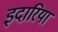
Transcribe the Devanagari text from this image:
इदारिया